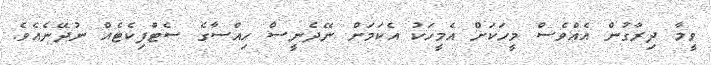
ވީމާ ދިރާގުން އެއްވެސް މީހަކަށް އެމީހަކު އެކަމަށް ނޭދެނީސް ހިއްސާގެ ސެޓްފިކެޓެއް ނުދޭނެއެވެ.